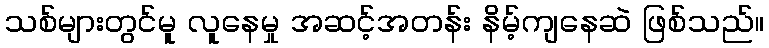
သစ်များတွင်မူ လူနေမှု အဆင့်အတန်း နိမ့်ကျနေဆဲ ဖြစ်သည်။